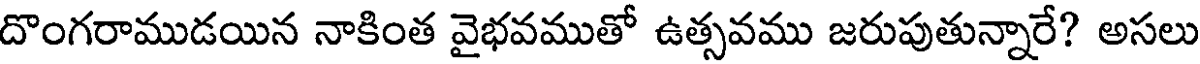
దొంగరాముడయిన నాకింత వైభవముతో ఉత్సవము జరుపుతున్నారే? అసలు